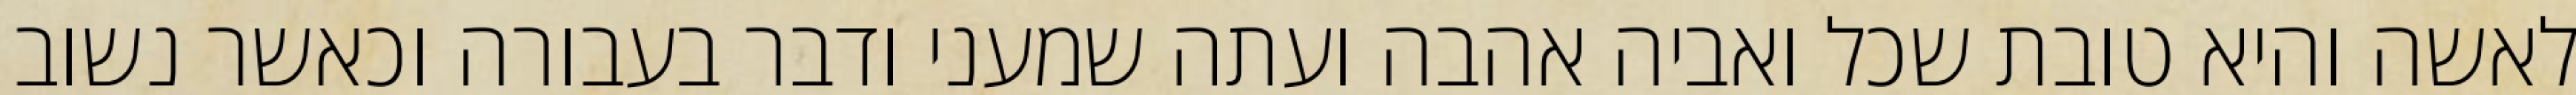
לאשה והיא טובת שכל ואביה אהבה ועתה שמעני ודבר בעבורה וכאשר נשוב